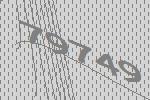
79749